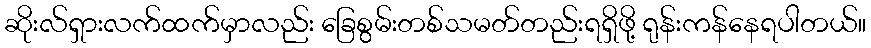
ဆိုးလ်ရှားလက်ထက်မှာလည်း ခြေစွမ်းတစ်သမတ်တည်းရရှိဖို့ ရုန်းကန်နေရပါတယ်။